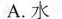
A.水